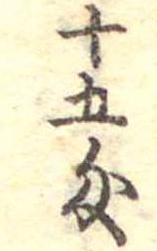
十五匁